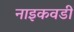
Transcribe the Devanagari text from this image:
नाइकवडी